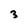
Character: 3